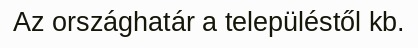
Az országhatár a településtől kb.